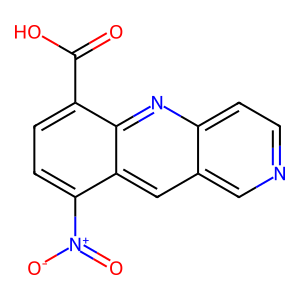
SMILES: O=C(O)c1ccc([N+](=O)[O-])c2cc3cnccc3nc12
Inhibits HIV replication: No